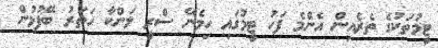
ޓީމުތަކުގެ ތެރެއިން އެންމެ ފަހު ޓީމުގައި ހިމެނޭ ސްރީ ލަންކާ ހަތަރު ބޭފުޅުން